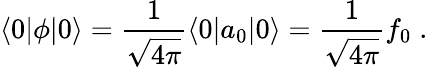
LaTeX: \langle 0|\phi|0\rangle={\frac{1}{\sqrt{4\pi}}}\langle 0|a_{0}|0\rangle={\frac{1}{\sqrt{4\pi}}}f_{0}\; .